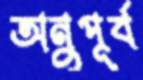
অনুপূর্ব